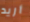
أريد